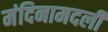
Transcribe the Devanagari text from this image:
मंदिनामदली